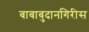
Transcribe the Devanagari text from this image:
बाबाबुदानगिरीस